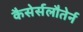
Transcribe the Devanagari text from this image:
कैसेर्सलौतेर्न